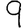
Digit: 9